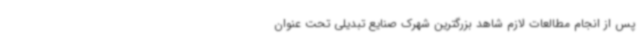
پس از انجام مطالعات لازم شاهد بزرگترین شهرک صنایع تبدیلی تحت عنوان